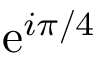
\mathrm { e } ^ { i \pi / 4 }